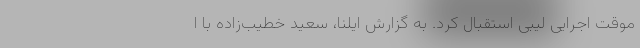
موقت اجرایی لیبی استقبال کرد. به گزارش ایلنا، سعید خطیب‌زاده با ا